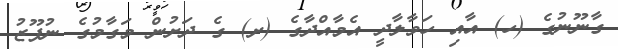
ގާނޫނުގެ (ހ) އާއި ހަވާލާދީ އެމާއްދާގެ (ށ) ގެ ދަށުން މަގާމުގެ ނުފޫޒު